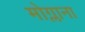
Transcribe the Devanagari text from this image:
मोग्लाना